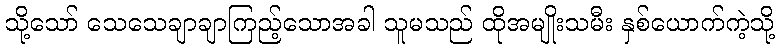
သို့သော် သေသေချာချာကြည့်သောအခါ သူမသည် ထိုအမျိုးသမီး နှစ်ယောက်ကဲ့သို့